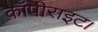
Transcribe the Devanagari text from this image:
कॉपीराइट।